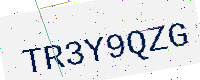
Text: TR3Y9QZG